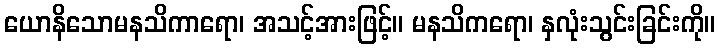
ယောနိသောမနသိကာရော၊ အသင့်အားဖြင့်။ မနသိကရော၊ နှလုံးသွင်းခြင်းကို။